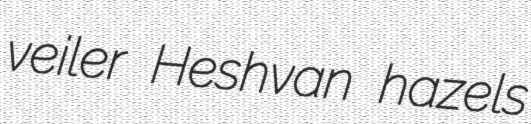
veiler Heshvan hazels